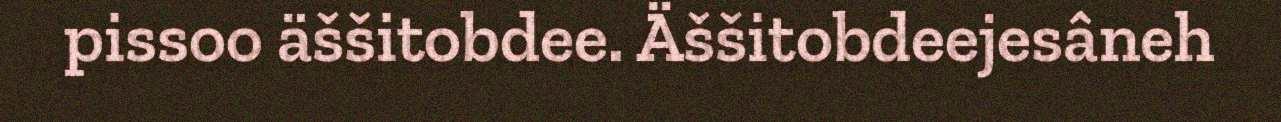
pissoo äššitobdee. Äššitobdeejesâneh